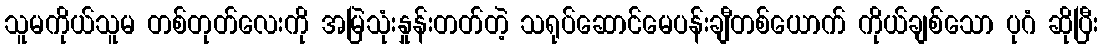
သူမကိုယ်သူမ တစ်တုတ်လေးကို အမြဲသုံးနှုန်းတတ်တဲ့ သရုပ်ဆောင်မေပန်းချီတစ်ယောက် ကိုယ်ချစ်သော ပုဂံ ဆိုပြီး